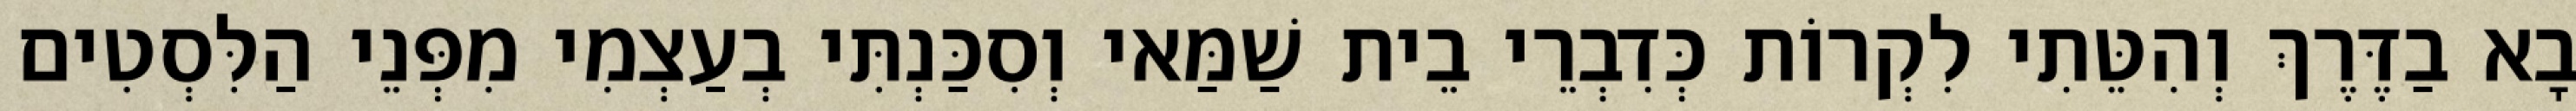
בָא בַדֶּרֶךְ וְהִטֵּתִי לִקְרוֹת כְּדִבְרֵי בֵית שַׁמַּאי וְסִכַּנְתִּי בְעַצְמִי מִפְּנֵי הַלִּסְטִים